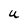
Character: U